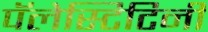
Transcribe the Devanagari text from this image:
पॅलेस्टिटिनी